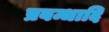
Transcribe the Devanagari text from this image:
प्रबन्धादि